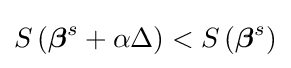
S\left({\boldsymbol {\beta }}^{s}+\alpha \Delta \right)<S\left({\boldsymbol {\beta }}^{s}\right)